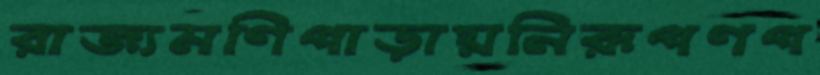
রাজ্যমণিপাড়ায়নিরূপণপ